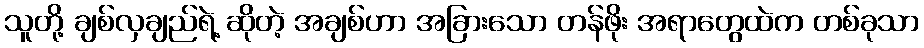
သူတို့ ချစ်လှချည်ရဲ့ ဆိုတဲ့ အချစ်ဟာ အခြားသော တန်ဖိုး အရာတွေထဲက တစ်ခုသာ